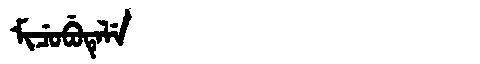
Manchu: ᠮᡳᠴᡠᠪᡠᡨᡝᠯᡝ
Romanization: MICUBUTELE